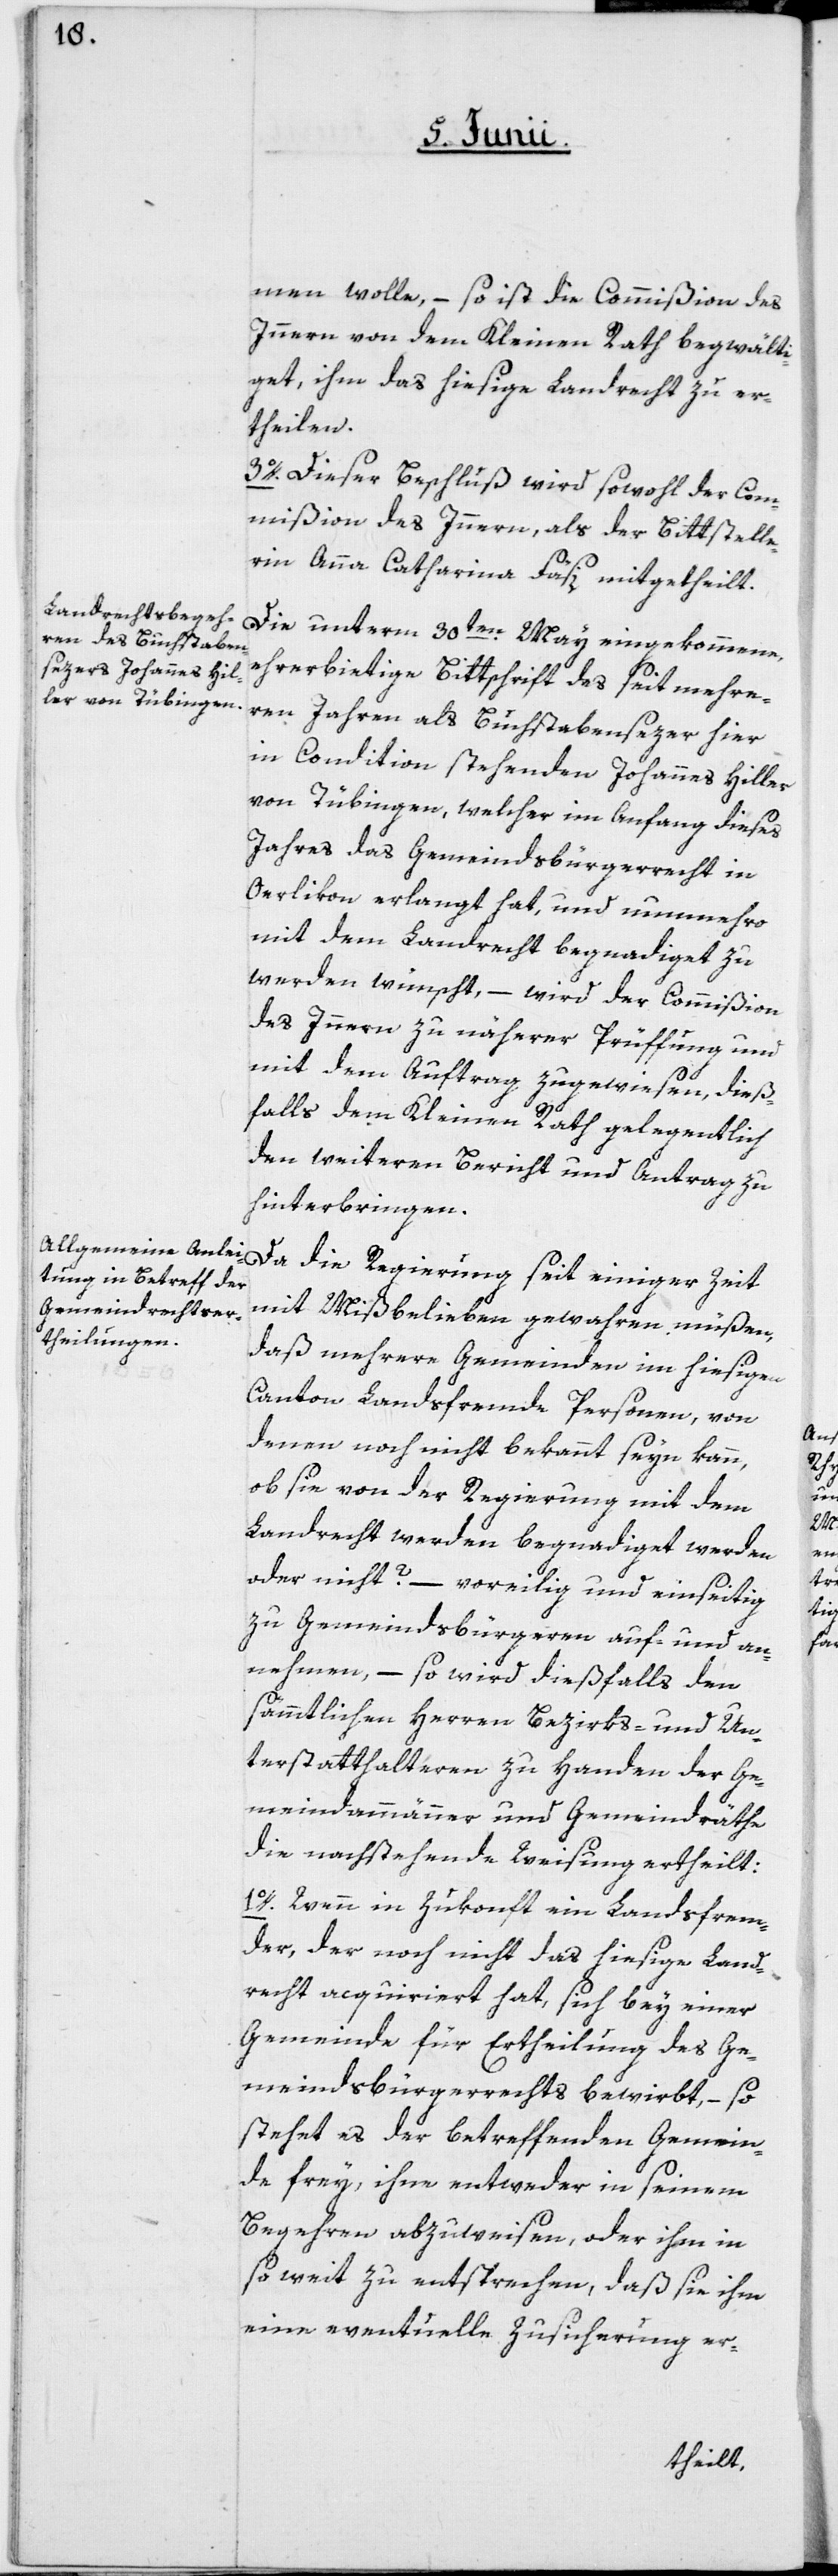
men wolle, – so ist die Commißion des
Innern von dem Kleinen Rath begwälti¬
get, ihm das hiesige Landrecht zu er¬
theilen.
3o. Dieser Beschluß wird sowohl der Com¬
mißion des Innern, als der Bittstelle¬
rin Anna Catharina Fäsi mitgetheilt.
Die unterm 30ten May eingekommene,
ehrerbietige Bittschrift des seit mehre¬
ren Jahren als Buchstabensezer hier
in Condition stehenden Johannes Hiller
von Tübingen, welcher im Anfang dieses
Jahres das Gemeindsbürgerrecht in
Oerlikon erlangt hat, und nunmehro
mit dem Landrecht begnadiget zu
werden wünscht, – wird der Commißion
des Innern zu näherer Prüffung und
mit dem Auftrag zugewiesen, dieß¬
falls dem Kleinen Rath gelegentlich
den weiteren Bericht und Antrag zu
hinterbringen.
Da die Regierung seit einiger Zeit
mit Mißbelieben gewahren müßen,
daß mehrere Gemeinden im hiesigen
Canton Landsfremde Personen, von
denen noch nicht bekannt seyn kann,
ob sie von der Regierung mit dem
Landrecht werden begnadiget werden
oder nicht? – voreilig und einseitig
zu Gemeindsbürgeren auf- und an¬
nehmen, – so wird dießfalls den
sämmtlichen Herren Bezirks- und Un¬
terstatthalteren zu Handen der Ge¬
meindammänner und Gemeindräthe
die nachstehende Weisung ertheilt:
1o. Wenn in Zukonft ein Landsfrem¬
der, der noch nicht das hiesige Land¬
recht acquiriert hat, sich bey einer
Gemeinde für Ertheilung des Ge¬
meindsbürgerrechts bewirbt, – so
stehet es der betreffenden Gemein¬
de frey, ihm entweder in seinem
Begehren abzuweisen, oder ihm in
so weit zu entsprechen, daß sie ihm
eine eventuelle Zusicherung er-